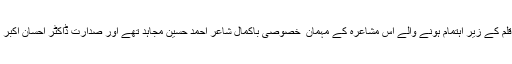
کاروان ِ قلم کے زیر اہتمام ہونے والے اس مشاعرہ کے مہمان ِ خصوصی باکمال شاعر احمد حسین مجاہد تھے اور صدارت ڈاکٹر احسان اکبر کی تھی۔